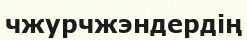
чжурчжэндердің